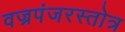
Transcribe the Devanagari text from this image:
वज्रपंजरस्तोत्र